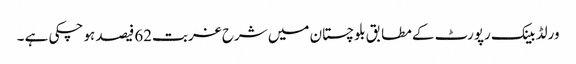
ورلڈ بینک رپورٹ کے مطابق بلوچستان میں شرح غربت62فیصد ہو چکی ہے ۔